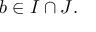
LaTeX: b \in I \cap J .